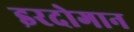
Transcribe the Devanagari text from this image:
इरदोगान